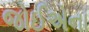
જોઈએના